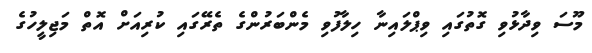
މޫސަ ވިދާޅުވި ގޮތުގައި ވިޕްލައިނާ ހިލާފުވި މެންބަރުންގެ ތެރޭގައި ކުރިއަށް އޮތް މަޖިލީހުގެ